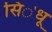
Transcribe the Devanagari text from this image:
सि॓धू